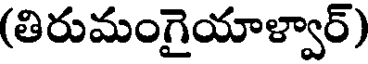
(తిరుమంగైయాళ్వార్)